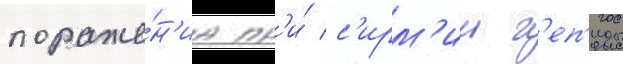
пораже́н'иа пр'и́ с'ирм'ии г'еп'иды